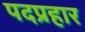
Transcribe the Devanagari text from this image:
पदप्रहार